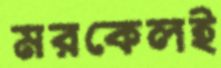
মরকেলই